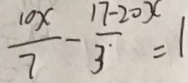
\frac { 1 0 x } { 7 } - \frac { 1 7 - 2 0 x } { 3 } = 1